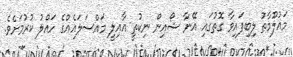
މައުލޫމާތު ލިބިފައިވާ ގޮތުގައި އޭނާ ޝޯއިން ނިކުތީ އާއިލީ މައްސަލައެއްގެ ހައްލު ކުރުމަށެވެ.